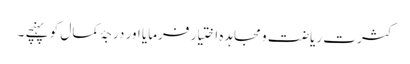
کثرت ریاضت و مجاہدہ اختیار فرمایا اور درجۂ کمال کو پہنچے ۔